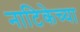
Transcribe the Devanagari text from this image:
नाटिकेच्या